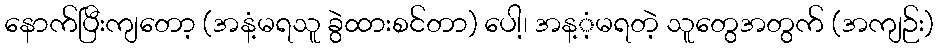
နောက်ပြီးကျတော့ (အနံ့မရသူ ခွဲထားစင်တာ) ပေါ့၊ အန့ံ့မရတဲ့ သူတွေအတွက် (အကျဉ်း)